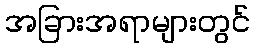
အခြားအရာများတွင်